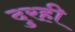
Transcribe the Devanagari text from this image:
दुरही